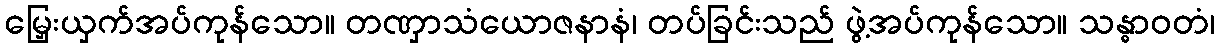
မြှေးယှက်အပ်ကုန်သော။ တဏှာသံယောဇနာနံ၊ တပ်ခြင်းသည် ဖွဲ့အပ်ကုန်သော။ သန္ဓာဝတံ၊